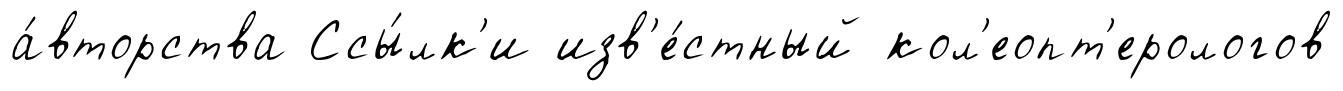
а́вторства Ссы́лк'и изв'е́стный кол'еопт'ерологов